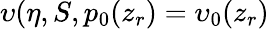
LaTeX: \upsilon(\eta,S,p_{0}(z_{r})=\upsilon_{0}(z_{r})